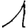
Digit: 1